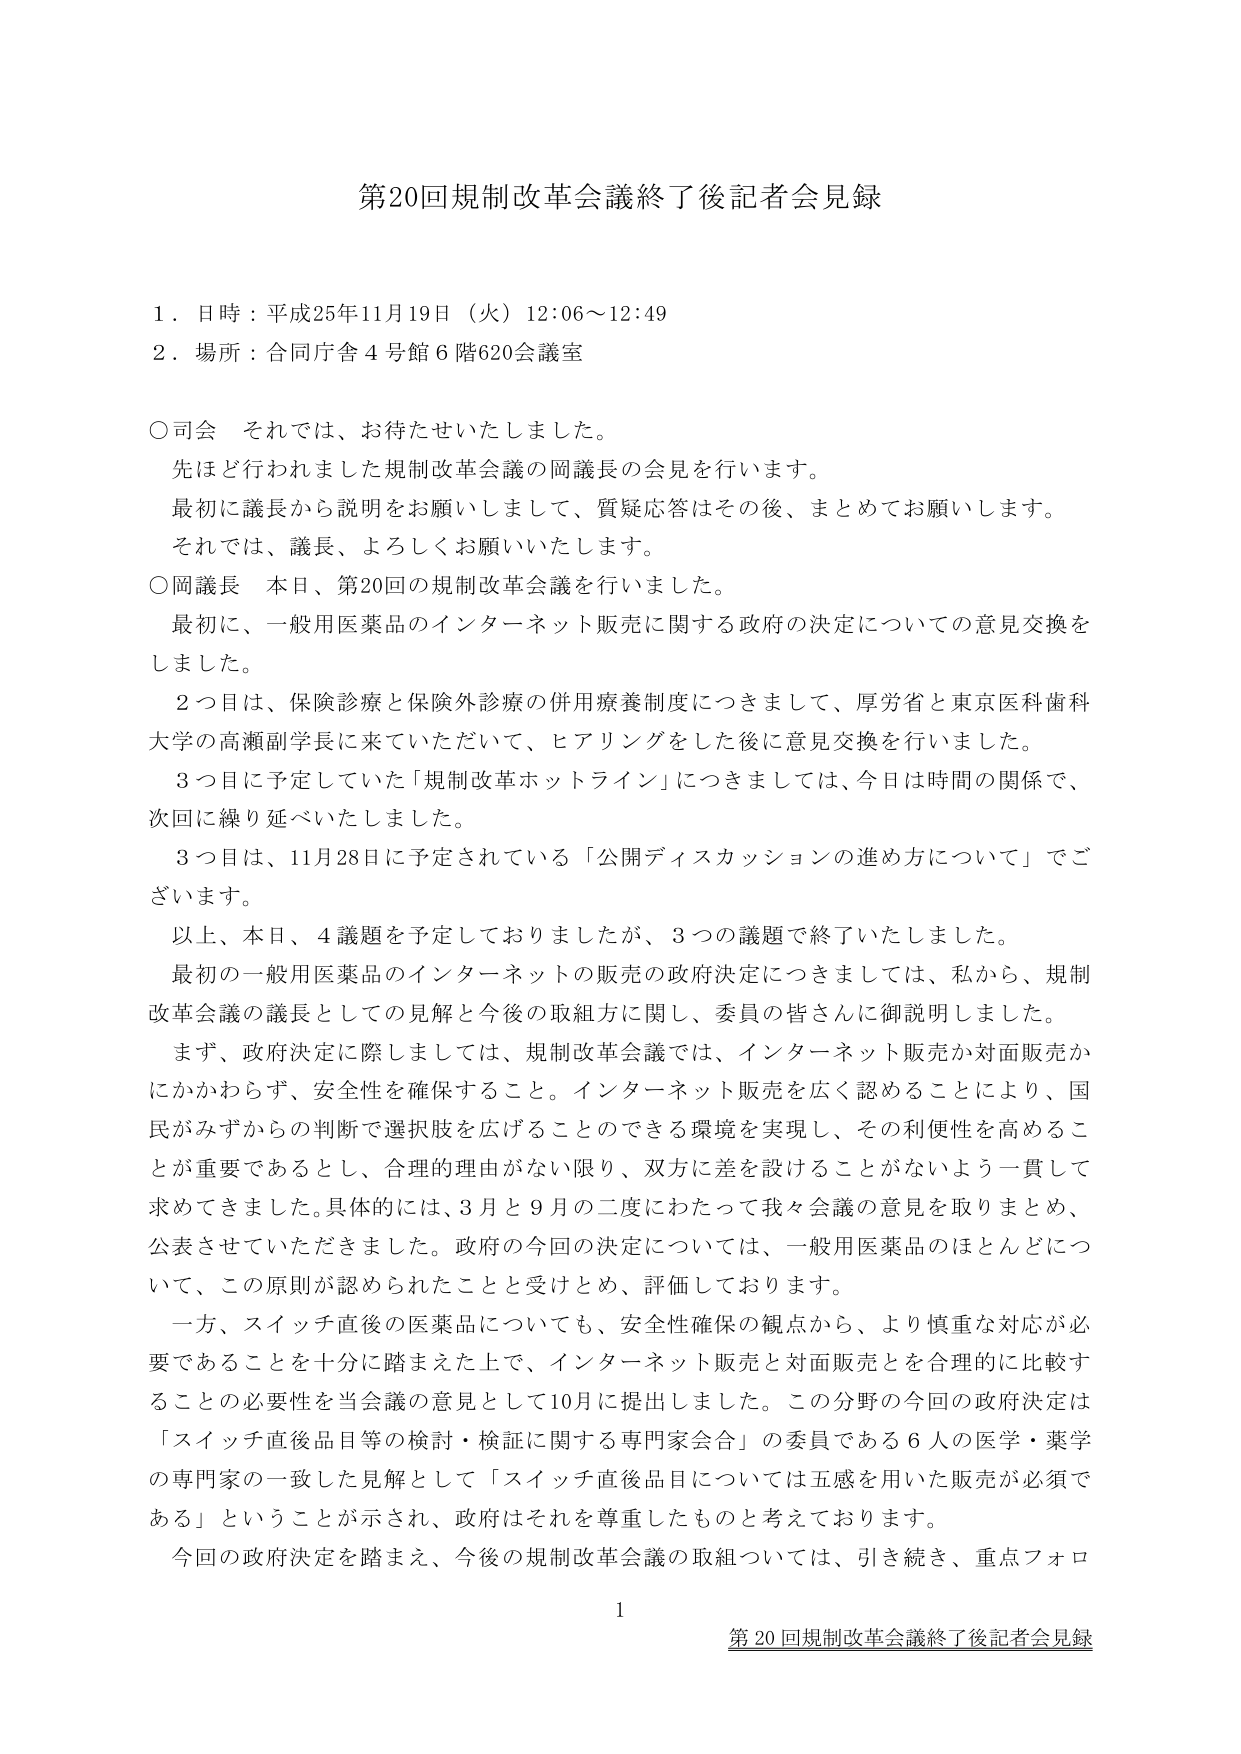
第20回規制改革会議終了後記者会見録

１．日時：平成25年11月19日（火）12:06～12:49
２．場所：合同庁舎４号館６階620会議室

○司会　それでは、お待たせいたしました。
　　先ほど行われました規制改革会議の岡議長の会見を行います。
　　最初に議長から説明をお願いしまして、質疑応答はその後、まとめてお願いします。
　　それでは、議長、よろしくお願いいたします。

○岡議長　本日、第20回の規制改革会議を行いました。
　　最初に、一般用医薬品のインターネット販売に関する政府の決定についての意見交換をしました。
　　２つ目は、保険診療と保険外診療の併用療養制度につきまして、厚労省と東京医科歯科大学の高瀬副学長に来ていただいて、ヒアリングをした後に意見交換を行いました。
　　３つ目に予定していた「規制改革ホットライン」につきましては、今日は時間の関係で、次回に繰り延べいたします。
　　３つ目は、11月28日に予定されている「公開ディスカッションの進め方について」でございます。
　　以上、本日、4議題を予定しておりましたが、3つの議題で終了いたしました。

　　最初の一般用医薬品のインターネットの販売の政府決定につきましては、私から、規制改革会議の議長としての見解と今後の取組方に関し、委員の皆さんに御説明しました。
　　まず、政府決定に際しましては、規制改革会議では、インターネット販売か対面販売かにかかわらず、安全性を確保すること。インターネット販売を広く認めることにより、国民がみずからの判断で選択肢を広げることのできる環境を実現し、その利便性を高めることが重要であるとし、合理的理由がない限り、双方に差を設けることがないよう一貫して求めてきました。具体的には、3月と9月の二度にわたって我々会議の意見を取りまとめ、公表させていただきました。政府の今回の決定については、一般用医薬品のほとんどについて、この原則が認められたことと受けとめ、評価しております。

　　一方、スイッチ直後の医薬品についても、安全性確保の観点から、より慎重な対応が必要であることを十分に踏まえた上で、インターネット販売と対面販売とを合理的に比較することの必要性を当会議の意見として10月に提出しました。この分野の今回の政府決定は「スイッチ直後品目等の検討・検証に関する専門家会合」の委員である6人の医学・薬学の専門家の一致した見解として「スイッチ直後品目については五感を用いた販売が必須である」ということが示され、政府はそれを尊重したものと考えております。

　　今回の政府決定を踏まえ、今後の規制改革会議の取組については、引き続き、重点フォロ

1
第20回規制改革会議終了後記者会見録